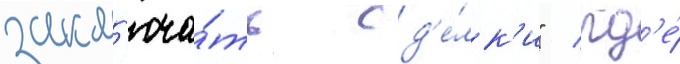
закл'юча́ть сд'е́лк'и" / гд'е́